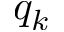
q _ { k }